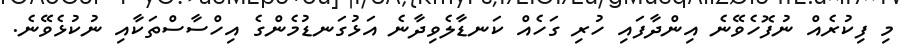
މި ފިކުރެއް ނުފޮހެވޭނެ އިންދާފައި ހުރި ގަހެއް ކަނޑާލެވިދާނެ އަޅުގަނޑުމެންގެ އިހްސާސްތަކާއި ނުކުޅެވޭނެ.